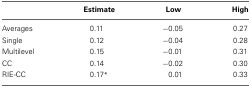
<table><thead><tr><td></td><td><b>Estimate</b></td><td><b>Low</b></td><td><b>High</b></td></tr></thead><tbody><tr><td>Averages</td><td>0.11</td><td>−0.05</td><td>0.27</td></tr><tr><td>Single</td><td>0.12</td><td>−0.04</td><td>0.28</td></tr><tr><td>Multilevel</td><td>0.15</td><td>−0.01</td><td>0.31</td></tr><tr><td>CC</td><td>0.14</td><td>−0.02</td><td>0.30</td></tr><tr><td>RIE-CC</td><td>0.17<sup>*</sup></td><td>0.01</td><td>0.33</td></tr></tbody></table>